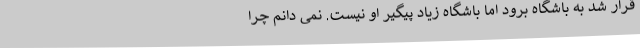
قرار شد به باشگاه برود اما باشگاه زیاد پیگیر او نیست. نمی دانم چرا